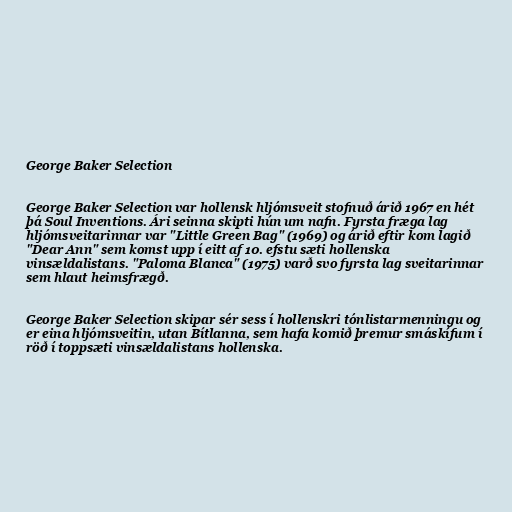
George Baker Selection

George Baker Selection var hollensk hljómsveit stofnuð árið 1967 en hét
þá Soul Inventions. Ári seinna skipti hún um nafn. Fyrsta fræga lag
hljómsveitarinnar var "Little Green Bag" (1969) og árið eftir kom lagið
"Dear Ann" sem komst upp í eitt af 10. efstu sæti hollenska
vinsældalistans. "Paloma Blanca" (1975) varð svo fyrsta lag sveitarinnar
sem hlaut heimsfrægð.

George Baker Selection skipar sér sess í hollenskri tónlistarmenningu og
er eina hljómsveitin, utan Bítlanna, sem hafa komið þremur smáskífum í
röð í toppsæti vinsældalistans hollenska.